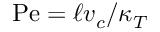
\mathrm { P e } = \ell v _ { c } / \kappa _ { T }